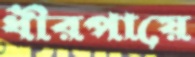
ধীরপায়ে